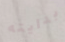
بدايته